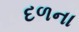
દળના